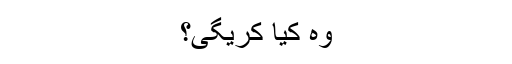
وہ کیا کریگی؟